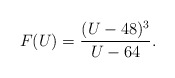
\begin{align*} F(U) = \frac{(U-48)^3}{U-64}.\end{align*}